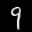
Label: 9